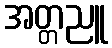
အတ္တညူ